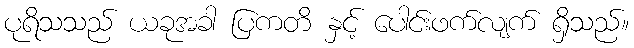
ပုရိသသည် ယခုအခါ ပြကတိ နှင့် ပေါင်းဖက်လျက် ရှိသည်။